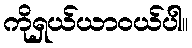
ကိုရှယ်ယာဝယ်ပါ။